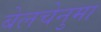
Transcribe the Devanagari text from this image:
बेलचेनुमा